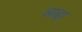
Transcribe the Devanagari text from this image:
आढ़ा